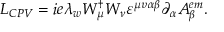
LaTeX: L _ { C P V } = i e \lambda _ { w } W _ { \mu } ^ { \dagger } W _ { \nu } \varepsilon ^ { \mu \upsilon \alpha \beta } \partial _ { \alpha } A _ { \beta } ^ { e m } .